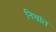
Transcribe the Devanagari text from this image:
निभ्रांत